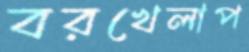
বরখেলাপ